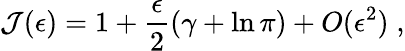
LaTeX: {\mathcal J}(\epsilon)=1+\frac{\epsilon}{2}\left(\gamma+\ln\pi\right)+O(\epsilon^{2})\; ,